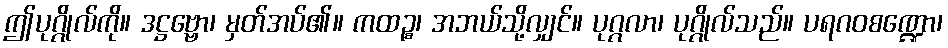
ဤပုဂ္ဂိုလ်ကို။ ဒဋ္ဌဗ္ဗော၊ မှတ်အပ်၏။ ကထဉ္စ၊ အဘယ်သို့လျှင်။ ပုဂ္ဂလာ၊ ပုဂ္ဂိုလ်သည်။ ပရဂဝစဏ္ဍော၊